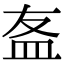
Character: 𥁊